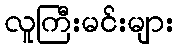
လူကြီးမင်းများ